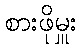
စားဖိုမှူး